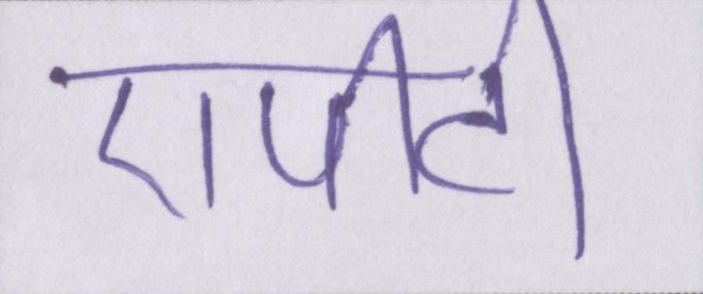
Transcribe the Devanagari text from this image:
एपीटी